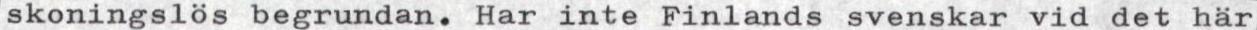
skoningslös begrundan. Har inte Finlands svenskar vid det här